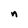
Character: n